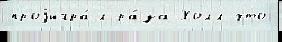
проjигра́л ра́за Холл что